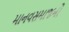
માનવસમાજનો